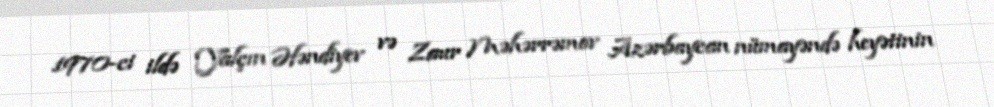
1970-ci ildə Yalçın Əfəndiyev və Zaur Məhərrəmov Azərbaycan nümayəndə heyətinin